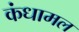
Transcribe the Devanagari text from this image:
कंधामल